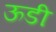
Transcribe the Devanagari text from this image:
ऊडी